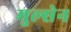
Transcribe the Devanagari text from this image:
मुल्सेन